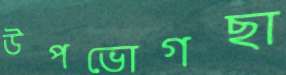
উপভোগছা